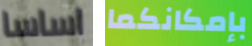
اساسا بإمكانكما